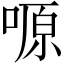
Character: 𠺿